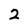
Character: 2